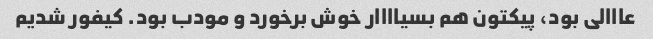
عااالی بود، پیکتون هم بسیاااار خوش برخورد و مودب بود. کیفور شدیم